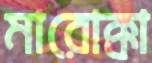
মারোক্কা